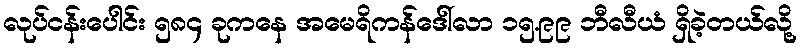
လုပ်ငန်းပေါင်း ၅၈၄ ခုကနေ အမေရိကန်ဒေါ်လာ ၁၅.၉၉ ဘီလီယံ ရှိခဲ့တယ်လို့